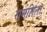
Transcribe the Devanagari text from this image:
रामलिला